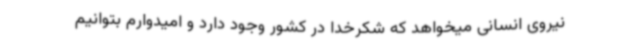
نیروی انسانی میخواهد که شکرخدا در کشور وجود دارد و امیدوارم بتوانیم